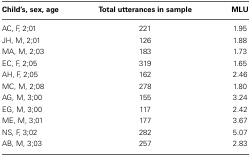
| Child's, sex, age | Total utterances in sample | MLU |
 | --- | --- | --- |
 | AC, F, 2;01 | 221 | 1.95 |
 | JH, M, 2;01 | 126 | 1.88 |
 | MA, M, 2;03 | 183 | 1.73 |
 | EC, F, 2;05 | 319 | 1.65 |
 | AH, F, 2;05 | 162 | 2.46 |
 | MC, M, 2;08 | 278 | 1.80 |
 | AG, M, 3;00 | 155 | 3.24 |
 | EG, M, 3;00 | 117 | 2.42 |
 | ME, M, 3;01 | 177 | 3.67 |
 | NS, F, 3;02 | 282 | 5.07 |
 | AB, M, 3;03 | 257 | 2.83 |